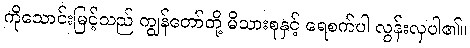
ကိုသောင်းမြင့်သည် ကျွန်တော်တို့ မိသားစုနှင့် ရေစက်ပါ လွန်းလှပါ၏။